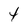
Character: 4